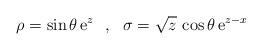
LaTeX: \begin{align*}\rho = {\sin \theta } \,{\rm e}^{ z}~~,~~\sigma = {\sqrt{z}} \,\cos \theta \,{\rm e}^{ z- x}\end{align*}